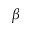
\beta